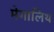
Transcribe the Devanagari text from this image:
मेगालिथ